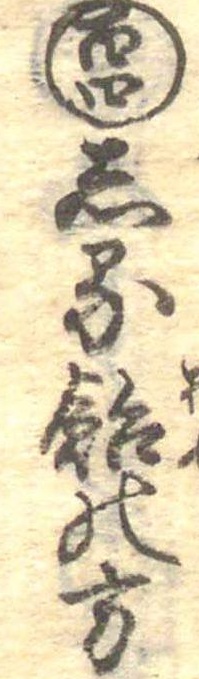
百四しる飴の方